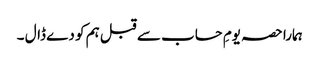
ہمارا حصہ یومِ حساب سے قبل ہم کو دے ڈال ۔